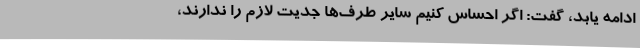
ادامه یابد، گفت: اگر احساس کنیم سایر طرف‌ها جدیت لازم را ندارند،